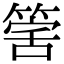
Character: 𥯾